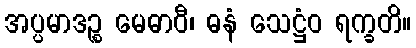
အပ္ပမာဒဉ္စ မေဓာဝီ၊ ဓနံ သေဋ္ဌံဝ ရက္ခတိ။